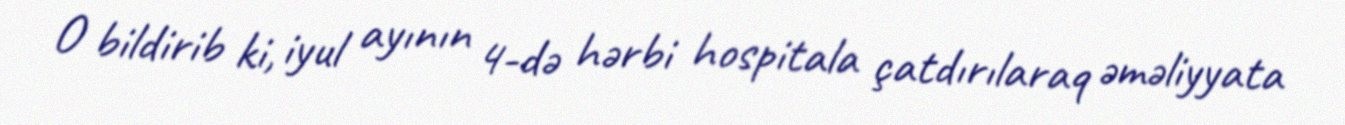
O bildirib ki, iyul ayının 4-də hərbi hospitala çatdırılaraq əməliyyata